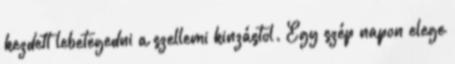
kezdett lebetegedni a szellemi kinzástol. Egy szép napon elege